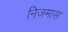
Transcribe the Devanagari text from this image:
निजमास